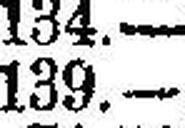
139.—